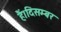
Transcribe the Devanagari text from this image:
हैं।दिसम्बर